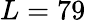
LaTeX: L=79